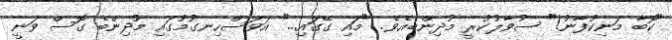
"ކޮބާ މަނިކުފާނު!" ސުވާލުކުރީ މުދިންބެއެވެ. "މައި ގޭގައި..." އަވަސްހިނގުމުގައި މުދިންބެ ގޮސް ވަނީ